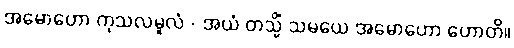
အမောဟော ကုသလမူလံ - အယံ တသ္မိံ သမယေ အမောဟော ဟောတိ။